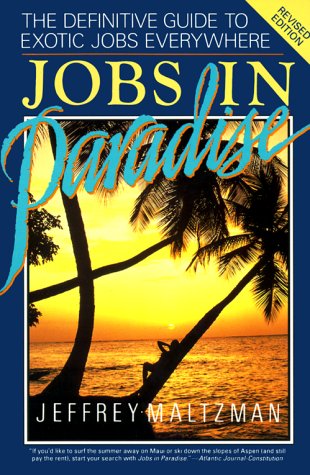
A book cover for Jobs in Paradise Revised Edition; Jeffrey Maltzman; Business & Money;